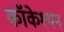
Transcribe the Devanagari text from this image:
कॉकेश्यन